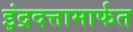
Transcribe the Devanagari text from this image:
इंद्रदत्तामार्फत